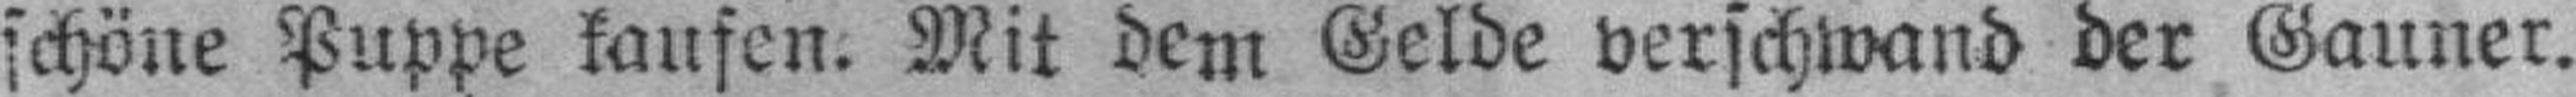
schöne Puppe kaufen. Mit dem Gelde verschwand der Gauner.